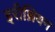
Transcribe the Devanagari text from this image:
इरीथ्रियन